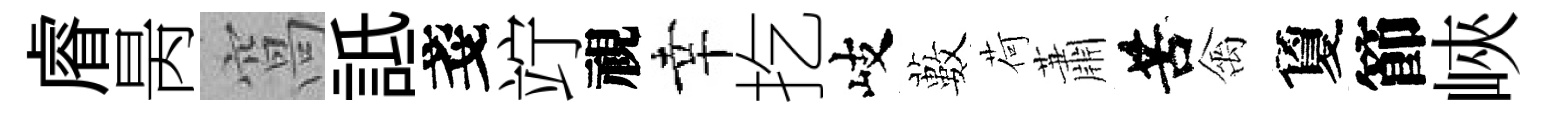
𥈠昺窩詆戔竚視幸扢岐藪荷蕭苦禽夐節峽